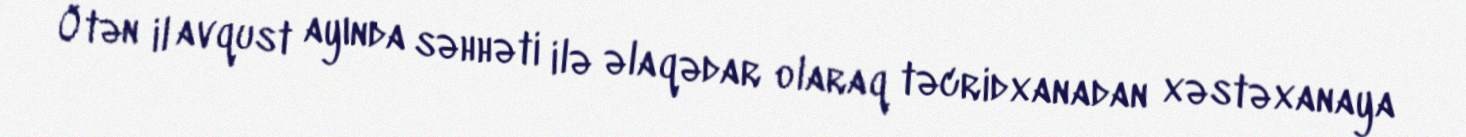
Ötən il avqust ayında səhhəti ilə əlaqədar olaraq təcridxanadan xəstəxanaya